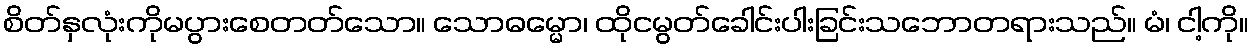
စိတ်နှလုံးကိုမပွားစေတတ်သော။ သောဓမ္မော၊ ထိုငမွတ်ခေါင်းပါးခြင်းသဘောတရားသည်။ မံ၊ ငါ့ကို။